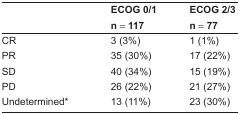
<table><thead><tr><td></td><td><b>ECOG 0/1 n = 117</b></td><td><b>ECOG 2/3 n = 77</b></td></tr></thead><tbody><tr><td>CR</td><td>3 (3%)</td><td>1 (1%)</td></tr><tr><td>PR</td><td>35 (30%)</td><td>17 (22%)</td></tr><tr><td>SD</td><td>40 (34%)</td><td>15 (19%)</td></tr><tr><td>PD</td><td>26 (22%)</td><td>21 (27%)</td></tr><tr><td>Undetermined*</td><td>13 (11%)</td><td>23 (30%)</td></tr></tbody></table>